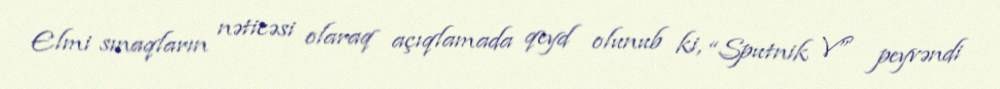
Elmi sınaqların nəticəsi olaraq açıqlamada qeyd olunub ki, “Sputnik V” peyvəndi